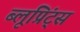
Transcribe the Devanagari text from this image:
ब्लूप्रिंट्स